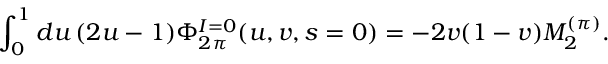
\int _ { 0 } ^ { 1 } d u \, ( 2 u - 1 ) \Phi _ { 2 \pi } ^ { I = 0 } ( u , v , s = 0 ) = - 2 v ( 1 - v ) M _ { 2 } ^ { ( \pi ) } .